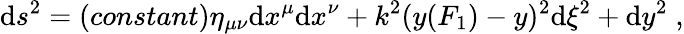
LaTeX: \mathrm{d}s^{2}=(constant)\eta_{\mu\nu}\mathrm{d}x^{\mu}\mathrm{d}x^{\nu}+k^{2}(y(F_{1})-y)^{2}\mathrm{d}\xi^{2}+\mathrm{d}y^{2}\; ,